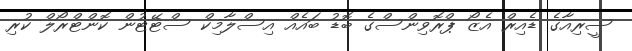
ސީރިއާގެ ޑެއިރް އެޒޯ ޕްރޮވިންސްގެ ބޮޑު ބައެއް އިސްލާމިކް ސްޓޭޓުން ކޮންޓްރޯލް ކުރި